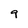
Character: 9